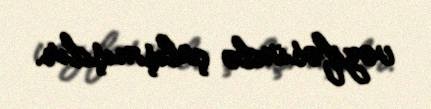
vəzifəsində çalışmışdır.